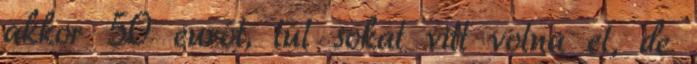
akkor 50 eurót, túl sokat vitt volna el, de